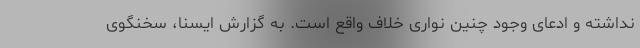
نداشته و ادعای وجود چنین نواری خلاف واقع است. به گزارش ایسنا، سخنگوی